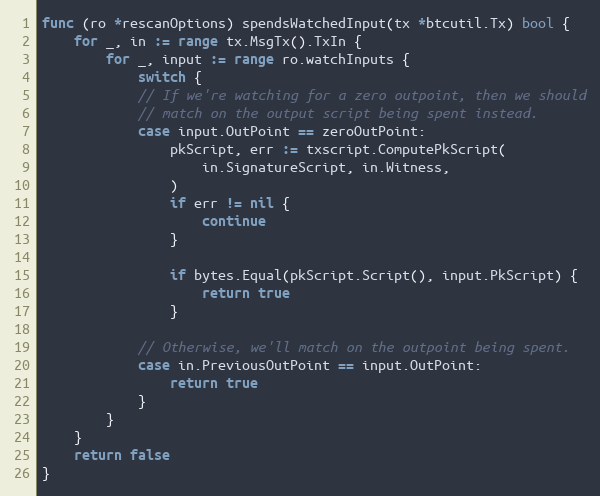
Language: Go
func (ro *rescanOptions) spendsWatchedInput(tx *btcutil.Tx) bool {
	for _, in := range tx.MsgTx().TxIn {
		for _, input := range ro.watchInputs {
			switch {
			// If we're watching for a zero outpoint, then we should
			// match on the output script being spent instead.
			case input.OutPoint == zeroOutPoint:
				pkScript, err := txscript.ComputePkScript(
					in.SignatureScript, in.Witness,
				)
				if err != nil {
					continue
				}

				if bytes.Equal(pkScript.Script(), input.PkScript) {
					return true
				}

			// Otherwise, we'll match on the outpoint being spent.
			case in.PreviousOutPoint == input.OutPoint:
				return true
			}
		}
	}
	return false
}